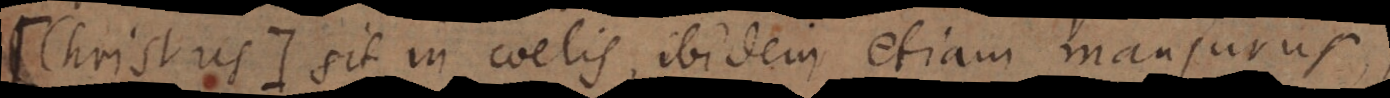
Christus +) sit in coelis, ibidem etiam mansurus,